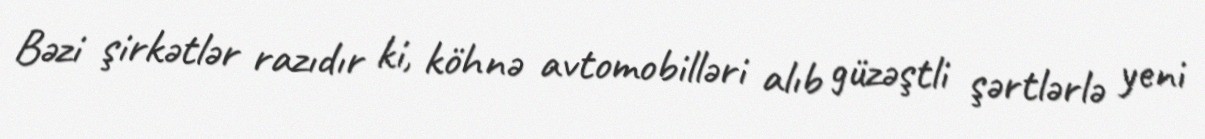
Bəzi şirkətlər razıdır ki, köhnə avtomobilləri alıb güzəştli şərtlərlə yeni